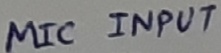
Text: MIC INPUT